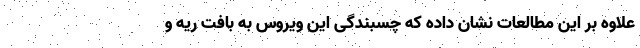
علاوه بر این مطالعات نشان داده که چسبندگی این ویروس به بافت ریه و